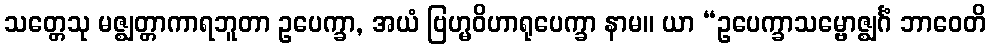
သတ္တေသု မဇ္ဈတ္တာကာရဘူတာ ဥပေက္ခာ, အယံ ဗြဟ္မဝိဟာရုပေက္ခာ နာမ။ ယာ “ဥပေက္ခာသမ္ဗောဇ္ဈင်္ဂံ ဘာဝေတိ